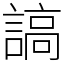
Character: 謞